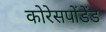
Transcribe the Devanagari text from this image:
कोरेसपोंडेंड